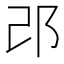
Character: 邔